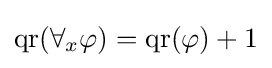
\operatorname {qr} (\forall _{x}\varphi )=\operatorname {qr} (\varphi )+1